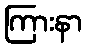
ကြားနာ